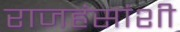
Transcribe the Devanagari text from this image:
राजहंसांशी